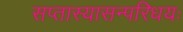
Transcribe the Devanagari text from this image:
सप्तास्यासन्परिधयः